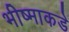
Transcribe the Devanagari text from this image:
भीष्माकडे